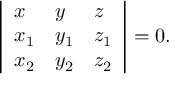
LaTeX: \left| { \begin{array} { l l l } { x } & { y } & { z } \\ { x _ { 1 } } & { y _ { 1 } } & { z _ { 1 } } \\ { x _ { 2 } } & { y _ { 2 } } & { z _ { 2 } } \end{array} } \right| = 0 .